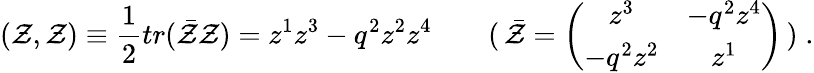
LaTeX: (\mathcal{Z},\mathcal{Z})\equiv\frac{{1}}{{2}}tr(\bar{{\mathcal{Z}}}\mathcal{Z})=z^{1}z^{3}-q^{2}z^{2}z^{4}\qquad(\, \bar{{\mathcal{Z}}}=\left(\begin{array}{cc}{{z^{3}}}&{{-q^{2}z^{4}}}\\ {{-q^{2}z^{2}}}&{{z^{1}}}\end{array}\right)\, )\; .